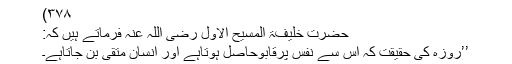
۳۷۸)
حضرت خلیفۃ المسیح الاوّل رضی اللہ عنہ فرماتے ہیں کہ:
’’روزہ کی حقیقت کہ اس سے نفس پرقابوحاصل ہوتاہے اور انسان متقی بن جاتاہے۔